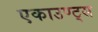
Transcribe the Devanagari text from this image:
एकाउण्ट्स